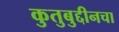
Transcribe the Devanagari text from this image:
कुतुबुद्दीनचा